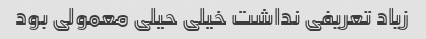
زیاد تعریفی نداشت خیلی حیلی معمولی بود